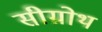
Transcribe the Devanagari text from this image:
सीग्रोथ